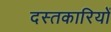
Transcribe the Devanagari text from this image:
दस्तकारियों